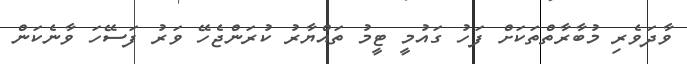
ވާދަވެރި މުުބާރާތްތަކަށް ފަހު ގައުމީ ޓީމު ތައްޔާރު ކުރަންޖެހޭ ވަރު ފަސޭހަ ވާނެކަން